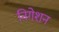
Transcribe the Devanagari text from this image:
निगेशन